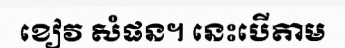
ខៀវ សំផន។ នេះបើតាម